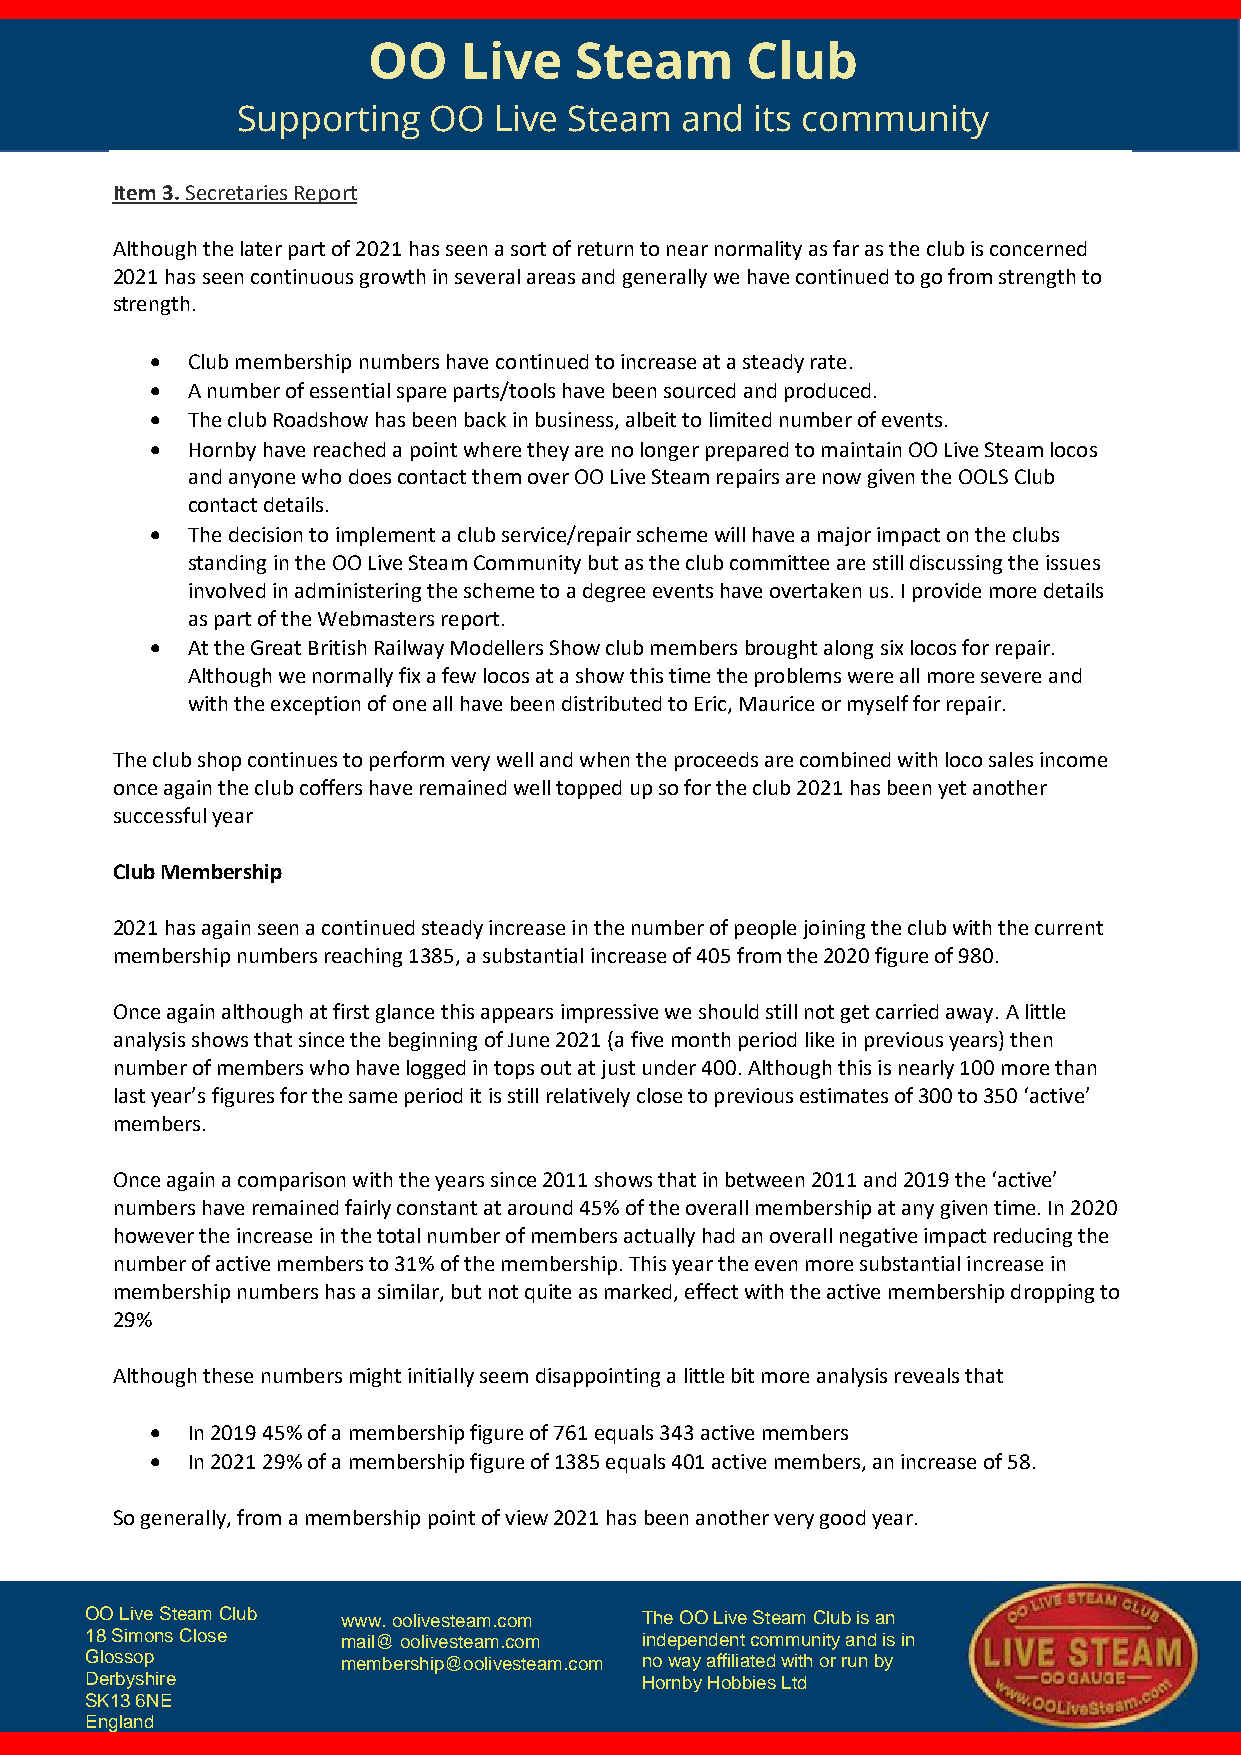
OO    Live    Steam      Club
 Supporting  OO   Live Steam  and  its community
 Item 3. Secretaries Report
 Although the later part of 2021 has seen a sort of return to near normality as far as the club is concerned
 2021 has seen continuous growth in several areas and generally we have continued to go from strength to
 strength.
  Club membership numbers have continued to increase at a steady rate.
  A number of essential spare parts/tools have been sourced and produced.
  The club Roadshow has been back in business, albeit to limited number of events.
  Hornby have reached a point where they are no longer prepared to maintain OO Live Steam locos
 and anyone who does contact them over OO Live Steam repairs are now given the OOLS Club
 contact details.
  The decision to implement a club service/repair scheme will have a major impact on the clubs
 standing in the OO Live Steam Community but as the club committee are still discussing the issues
 involved in administering the scheme to a degree events have overtaken us. I provide more details
 as part of the Webmasters report.
  At the Great British Railway Modellers Show club members brought along six locos for repair.
 Although we normally fix a few locos at a show this time the problems were all more severe and
 with the exception of one all have been distributed to Eric, Maurice or myself for repair.
 The club shop continues to perform very well and when the proceeds are combined with loco sales income
 once again the club coffers have remained well topped up so for the club 2021 has been yet another
 successful year
 Club Membership
 2021 has again seen a continued steady increase in the number of people joining the club with the current
 membership numbers reaching 1385, a substantial increase of 405 from the 2020 figure of 980.
 Once again although at first glance this appears impressive we should still not get carried away. A little
 analysis shows that since the beginning of June 2021 (a five month period like in previous years) then
 number of members who have logged in tops out at just under 400. Although this is nearly 100 more than
 last year’s figures for the same period it is still relatively close to previous estimates of 300 to 350 ‘active’
 members.
 Once again a comparison with the years since 2011 shows that in between 2011 and 2019 the ‘active’
 numbers have remained fairly constant at around 45% of the overall membership at any given time. In 2020
 however the increase in the total number of members actually had an overall negative impact reducing the
 number of active members to 31% of the membership. This year the even more substantial increase in
 membership numbers has a similar, but not quite as marked, effect with the active membership dropping to
 29%
 Although these numbers might initially seem disappointing a little bit more analysis reveals that
  In 2019 45% of a membership figure of 761 equals 343 active members
  In 2021 29% of a membership figure of 1385 equals 401 active members, an increase of 58.
 So generally, from a membership point of view 2021 has been another very good year.
 OO Live Steam Club www. oolivesteam.com The OO Live Steam Club is an
 18 Simons Close  mail@ oolivesteam.com independent community and is in
 Glossop          membership@oolivesteam.com no way affiliated with or run by
 Derbyshire                          Hornby Hobbies Ltd
 SK13 6NE
 England